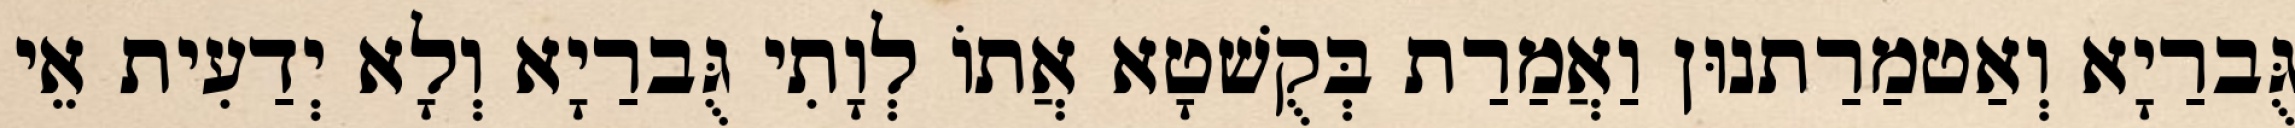
גֻּברַיָא וְאַטמַרַתנוּן וַאֲמַרַת בְּקֻשׁטָא אֲתוֹ לְוָתִי גֻּברַיָא וְלָא יְדַעִית אֵי